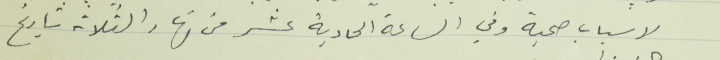
لاسباب صحية وفي الساعة الحادية عشر من نهار الثلاثه تاريخ